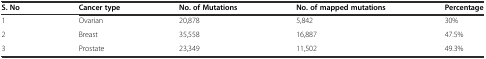
<table><thead><tr><td><b>S. No</b></td><td><b>Cancer type</b></td><td><b>No. of Mutations</b></td><td><b>No. of mapped mutations</b></td><td><b>Percentage</b></td></tr></thead><tbody><tr><td>1</td><td>Ovarian</td><td>20,878</td><td>5,842</td><td>30%</td></tr><tr><td>2</td><td>Breast</td><td>35,558</td><td>16,887</td><td>47.5%</td></tr><tr><td>3</td><td>Prostate</td><td>23,349</td><td>11,502</td><td>49.3%</td></tr></tbody></table>